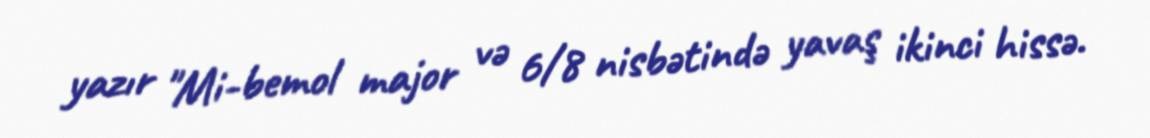
yazır "Mi-bemol major və 6/8 nisbətində yavaş ikinci hissə.